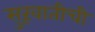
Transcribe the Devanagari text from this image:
सुरूवातीची